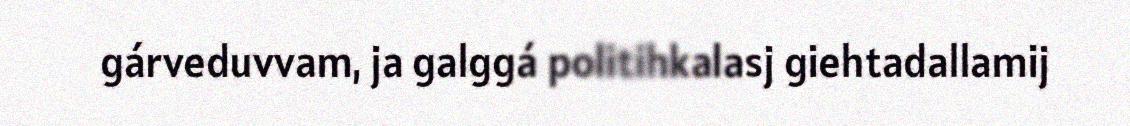
gárveduvvam, ja galggá politihkalasj giehtadallamij